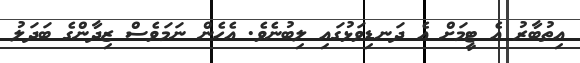
އިތުބާރު އެ ޓީމަށް އެ ދަނޑިވަޅުގައި ލިބުނެވެ. އެހެން ނަމަވެސް ޒިދާންގެ ބަދަލު